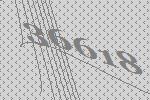
36618